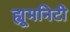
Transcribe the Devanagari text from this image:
ह्यूमनिटी